Report on the lunatic asylums under the Government of Bombay - 1904-1913
Year: 1904
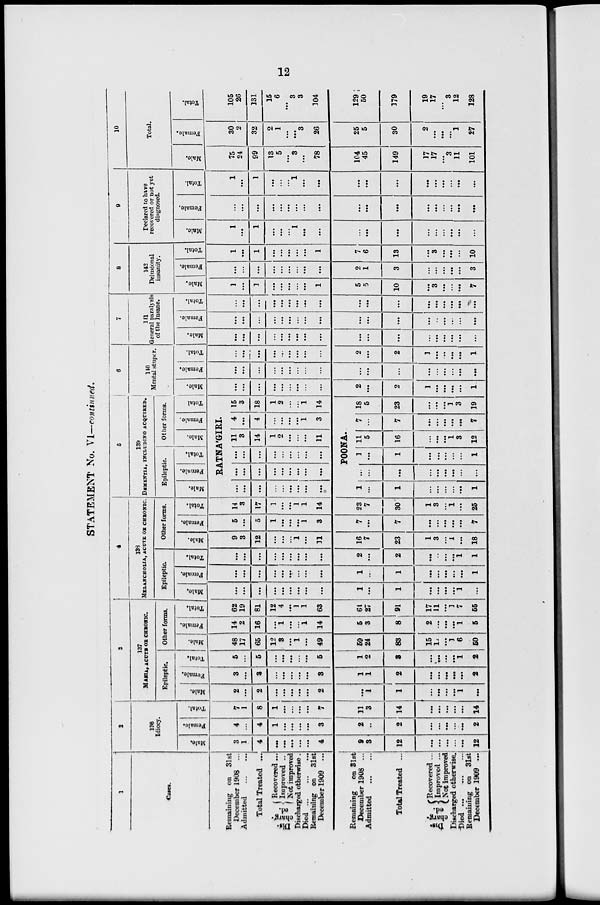
12
STATEMENT No. VI—continued.
1
Cases.
Remaining on 31st
December 1908 ...
Admitted ... ...
Total Treated ...
Dis-
charg-
ed.
Recovered ...
Improved ...
Not improved
Discharged otherwise.
Died ... ... ...
Remaining on 31st
December 1909 ...
Remaining
on 31st
December 1908 ...
Admitted ... ...
Total Treated ...
Dis-
charg-
ed.
Recovered ...
Improved ...
Not improved
Discharged otherwise.
Died ... ... ...
Remaining on 31st
December 1909 ...
2
136
Idiocy.
Male.
3
1
4
...
...
...
...
...
4
9
3
12
...
...
...
...
...
12
Female.
4
...
4
1
...
...
...
...
3
2
...
2
...
...
...
...
...
2
Total.
7
1
8
1
...
...
...
...
7
11
3
14
...
...
...
...
14
3
137
MANIA, ACUTA OR CHRONIC.
Epileptic
Male.
2
...
2
...
...
...
...
...
2
...
1
1
...
...
...
1
...
Female.
3
...
3
...
...
...
...
...
3
1
1
2
...
...
...
...
...
2
Total.
5
...
5
...
...
...
...
...
5
1
2
3
...
...
...
...
1
2
Other forms.
Male.
48
17
65
12
3
...
1
...
49
59
24
83
15
11
...
1
6
50
Female.
14
2
16
...
1
...
...
1
14
5
3
8
2
...
...
...
1
5
Total.
62
19
81
12
4
...
1
1
63
64
27
91
17
11
...
1
7
55
4
138
MELANCHOLIA, ACUTE OR CHRONIC.
Epileptic
Male.
...
...
...
...
...
...
...
...
...
1
...
1
...
...
...
...
1
...
Female.
...
...
...
...
...
...
...
...
...
1
...
1
...
...
...
...
...
1
Total.
...
...
...
...
...
...
...
...
...
2
...
2
...
...
...
...
1
1
Other forms.
Male.
9
3
12
...
...
...
1
...
11
16
7
23
1
3
...
1
...
18
Female.
5
...
5
1
...
...
...
1
3
7
...
7
...
...
...
...
...
7
Total.
14
3
17
1
...
...
1
1
14
23
7
30
1
3
...
1
...
25
5
139
DEMENTIA, INCLUDING ACQUIRED.
Epileptic.
Male.
Female.
Total.
Other forms.
Male.
Female.
Total
RATNÁGIRI
...
...
...
...
...
...
...
...
...
...
...
...
...
...
...
...
...
...
...
...
...
...
...
...
...
...
...
11
3
14
1
2
...
...
...
11
4
...
4
...
...
...
...
1
3
15
3
18
1
2
...
...
1
14
POONA.
1
...
1
...
...
...
...
...
1
...
...
...
...
...
...
...
...
...
1
...
1
...
...
...
...
...
1
11
5
16
...
...
...
1
3
12
7
...
7
...
...
...
...
...
7
18
5
23
...
...
...
1
3
19
6
140
Mental stupor.
Male.
...
...
...
...
...
...
...
...
...
2
...
2
1
...
...
...
...
1
Female.
...
...
...
...
...
...
...
...
...
...
...
...
...
...
...
...
...
...
Total.
...
...
...
...
...
...
...
...
...
2
...
2
1
...
...
...
...
1
7
141
General paralysis
of the Insane.
Male.
...
...
...
...
...
...
...
...
...
...
...
...
...
...
...
...
...
...
Female.
...
...
...
...
...
...
...
...
...
...
...
...
...
...
...
...
...
...
Total.
...
...
...
...
...
...
...
...
...
...
...
...
...
...
...
...
...
...
8
142
Delusional
insanity.
Male.
1
...
3
...
...
...
...
...
1
5
5
10
...
3
...
...
...
7
Female.
...
...
...
...
...
...
...
...
...
2
1
3
...
...
...
...
...
3
Total.
1
...
1
...
...
...
...
...
1
7
6
13
...
3
...
...
...
10
9
Declared to have
recovered or not yet
diagnosed.
Male.
1
...
1
...
...
...
1
...
...
...
...
...
...
...
...
...
...
...
Female.
...
...
...
...
...
...
...
...
...
...
...
...
...
...
...
...
...
...
Total.
1
...
1
...
...
...
1
...
...
...
...
...
...
...
...
...
...
...
10
Total.
Male.
75
24
99
13
5
...
3
...
78
104
45
149
17
17
...
3
11
101
Female.
30
2
32
2
1
...
...
3
26
25
5
30
2
...
...
...
1
27
Total.
105
26
131
15
6
...
3
3
104
129
50
179
19
17
...
3
12
128